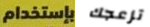
بإستخدام تزعجك